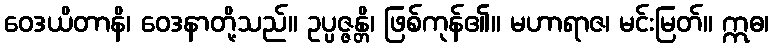
ဝေဒယိတာနိ၊ ဝေဒနာတို့သည်။ ဥပ္ပဇ္ဇန္တိ၊ ဖြစ်ကုန်၏။ မဟာရာဇ၊ မင်းမြတ်။ ဣဓ၊